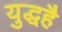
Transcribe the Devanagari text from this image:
युद्धहै